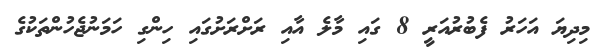
މިދިޔަ އަހަރު ފެބުރުއަރީ 8 ގައި މާލެ އާއި ރަށްރަށުގައި ހިންގި ހަމަނުޖެހުންތަކުގެ